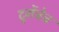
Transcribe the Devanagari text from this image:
दुर्गेचेच